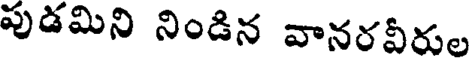
పుడమిని నిండిన వానరవీరుల